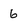
Character: 6